Civil Veterinary Department Bihar & Orissa reports 1929-36 - 1929-1936
Year: 1929
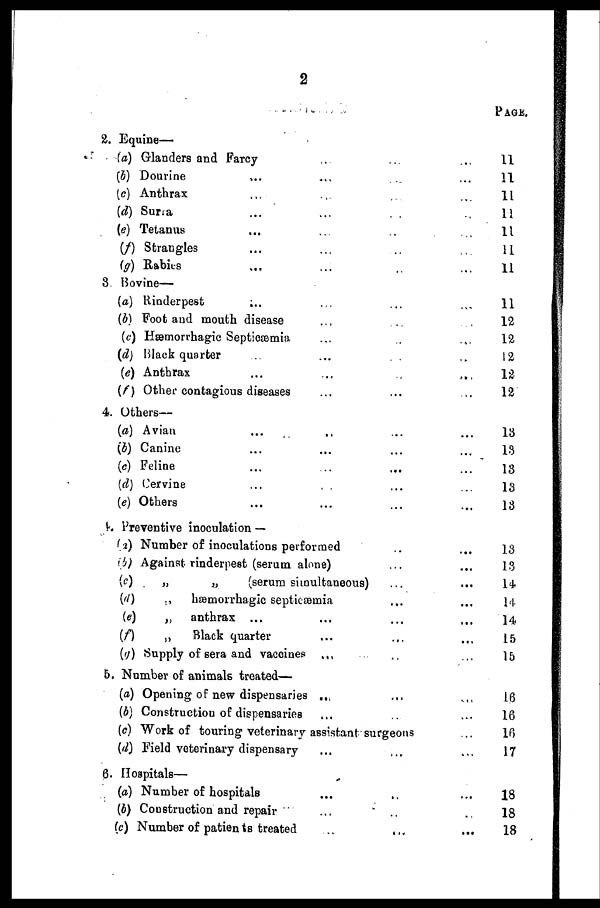
2
2. Equine—
(a) Glanders and Farcy ... ... ... ...
(b) Dourine ... ... ... ...
(c) Anthrax ... ... ... ...
(d) Surra ... ... ... ...
(e) Tetanus ... ... ... ...
(f) Strangles ... ... ... ...
(g) Rabies ... ... ... ...
8. Bovine—
(a) Rinderpest ... ... ... ...
(b) Foot and mouth disease ... ... ...
(c) Hæmorrhagic Septicæmia ... ... ...
(d) Black quarter ... ... ... ...
(e) Anthrax ... ... ... ...
(f) Other contagious diseases ... ... ...
4. Others—
(a) Avian ... ... ... ...
(b) Canine ... ... ... ...
(c) Feline ... ... ... ...
(d) Cervine ... ... ... ...
(e) Others ... ... ... ...
4. Preventive inoculation —
(a) Number of inoculations performed
(b) Against rinderpest (serum alone) ... ...
(c)
„
„
(serum simultaneous) ... ...
(d)
„
hæmorrhagic septicæmia ... ...
(e)
„
anthrax ... ... ... ...
(f)
„
Black quarter .. ... ...
(g) Supply of sera and vaccines ... ... ...
5. Number of animals treated—
(a) Opening of new dispensaries ... ... ...
(b) Construction of dispensaries ... ... ...
(c) Work of touring veterinary assistant surgeons ...
(d) Field veterinary dispensary ... ... ...
6. Hospitals—
(a) Number of hospitals ... ... ...
(b) Construction and repair ... ... ...
(c) Number of patients treated
...
...
...
PAGE.
11
11
11
11
11
11
11
11
12
12
12
12
12
13
13
13
13
13
13
13
14
14
14
15
15
16
16
16
17
18
18
18